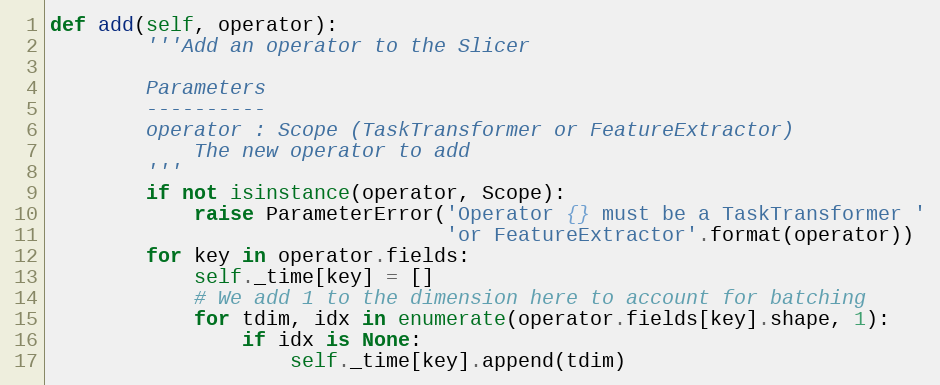
Language: Python
def add(self, operator):
        '''Add an operator to the Slicer

        Parameters
        ----------
        operator : Scope (TaskTransformer or FeatureExtractor)
            The new operator to add
        '''
        if not isinstance(operator, Scope):
            raise ParameterError('Operator {} must be a TaskTransformer '
                                 'or FeatureExtractor'.format(operator))
        for key in operator.fields:
            self._time[key] = []
            # We add 1 to the dimension here to account for batching
            for tdim, idx in enumerate(operator.fields[key].shape, 1):
                if idx is None:
                    self._time[key].append(tdim)